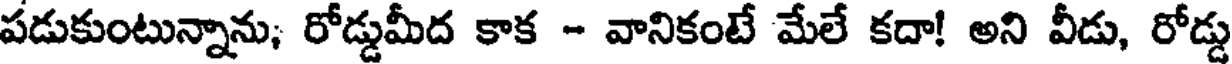
పడుకుంటున్నాను; రోడ్డుమీద కాక - వానికంటే మేలే కదా! అని వీడు, రోడ్డు